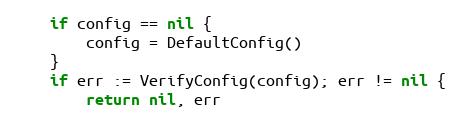
Language: Go
	if config == nil {
		config = DefaultConfig()
	}
	if err := VerifyConfig(config); err != nil {
		return nil, err